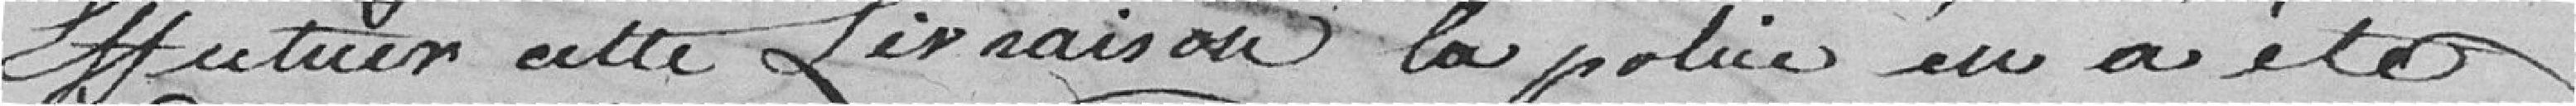
Effectuer cette Livraison la police en a été